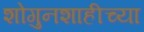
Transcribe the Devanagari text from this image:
शोगुनशाहीच्या